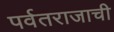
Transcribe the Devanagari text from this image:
पर्वतराजाची